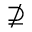
\nsupseteq